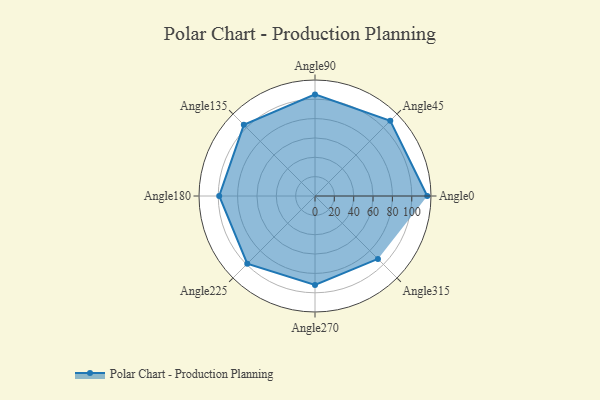
{"axis": {"x": "Angle", "y": "Radius"}, "legend": [""], "data": [{"x": "Angle0", "y": 116.0, "type": ""}, {"x": "Angle45", "y": 110.0, "type": ""}, {"x": "Angle90", "y": 105.0, "type": ""}, {"x": "Angle135", "y": 104.0, "type": ""}, {"x": "Angle180", "y": 99.0, "type": ""}, {"x": "Angle225", "y": 99.0, "type": ""}, {"x": "Angle270", "y": 92.0, "type": ""}, {"x": "Angle315", "y": 92.0, "type": ""}]}